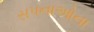
સપનાઓના